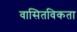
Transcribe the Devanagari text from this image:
वासितविकता